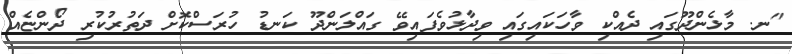
"ނ. މާޅެންދޫގައި ދެއްކި ވާހަކައިގައި ވިދާޅުވެފައިވޭ ގައްލަންދޫ ކަނޑު ހުރަސްކޮށް ދަތުރުކުރި ދޯންޏެއް